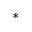
^ *